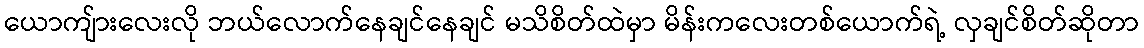
ယောကျ်ားလေးလို ဘယ်လောက်နေချင်နေချင် မသိစိတ်ထဲမှာ မိန်းကလေးတစ်ယောက်ရဲ့ လှချင်စိတ်ဆိုတာ